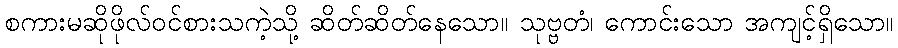
စကားမဆိုဖိုလ်ဝင်စားသကဲ့သို့ ဆိတ်ဆိတ်နေသော။ သုဗ္ဗတံ၊ ကောင်းသော အကျင့်ရှိသော။